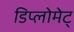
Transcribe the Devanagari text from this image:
डिप्लोमेट्